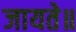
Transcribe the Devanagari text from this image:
जायते॥